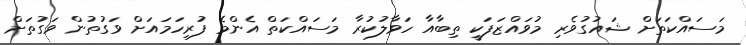
މަސައްކަތަށް ޝައުގުވެރި މުވައްޒަފަކީ ތިބާއާ ހަވާލުކުރާ މަސައްކަތް އެންމެ ފުރިހަމައަށް ވަގުތުން ވަގުތަށް